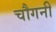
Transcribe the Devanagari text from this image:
चौगनी